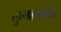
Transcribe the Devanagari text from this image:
लुगडय़ाचा